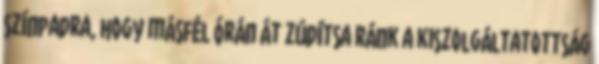
színpadra, hogy másfél órán át zúdítsa ránk a kiszolgáltatottság